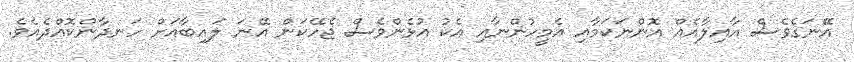
އޭނަގެވެސް އާއިލާއެއް އޮންނަކަމާއި އެމީހުންނާއި އެކު އުޅެންވެސް ޖެހޭކަން އޭނަ ލައިބާއަށް ހަނދާންކޮއްދެއެވެ.